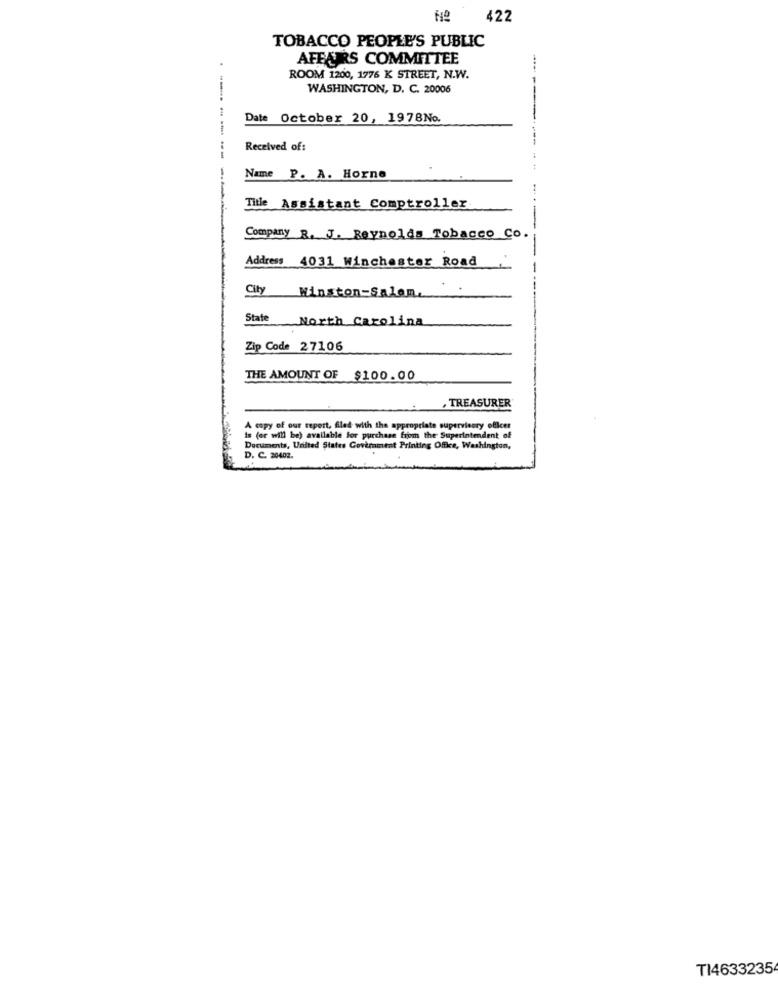
422
TOBACCO PEOPLE'S PUBLIC
AFFAIRS COMMITTEE
ROOM 1200, 1776 K STREET, N.W.
WASHINGTON, D. C. 20006
Date October 20, 1978No.
Received of:
------
Name P. A. Horne
Title Assistant Comptroller
Company R. J. Reynolds Tobacco Co.
Address 4031 Winchester Road
City Winston-Salem,
State North Carolina
Zip Code 27106
THE AMOUNT OF $100.00
,TREASURER
A copy of our report, Gled with the appropriate supervisory oficer
is (er will be) available for purchase from the Superintendent of
Documents, United States Government Printing Office, Washington,
D. C. 20402.
TI4633235